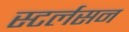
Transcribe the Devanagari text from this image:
स्टर्लसन